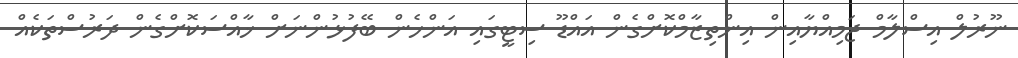
ނޫރުލް އިސްލާމް ޖަމިއްޔާއިން އިންތިޒާމްކޮށްގެން އައްޑޫ ސިޓީގައި އަންހެން ބޭފުޅުންނަށް ޚާއްސަކޮށްގެން ދަރުސްތަކެއް